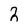
Character: 2